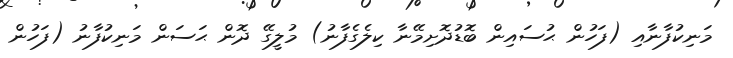
މަނިކުފާނާއި (ފަހުން ޙުސައިން ބޮޑުދޮށިމޭނާ ކިލެގެފާނު) މުލީގޭ ދޮން ޙަސަން މަނިކުފާނު (ފަހުން